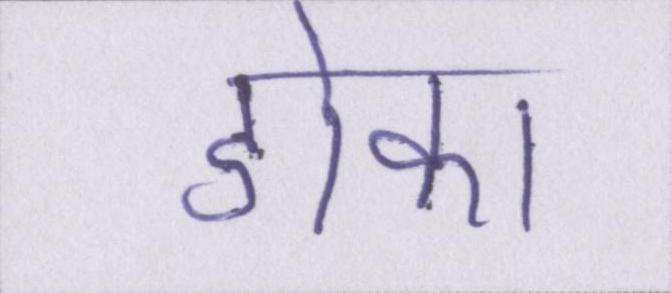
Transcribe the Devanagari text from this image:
डोका